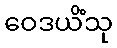
ဝေဒယိံသု